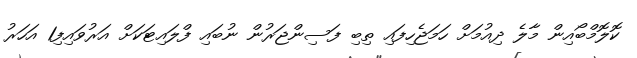
ކޮލޮމްބޯއިން މާލެ ދިއުމަށް ހަމަޖެހިފައި ތިބި ފަސިންޖަރުން ނުބައި ފްލައިޓަކަށް އަރުވައިފި1 އަހަރު